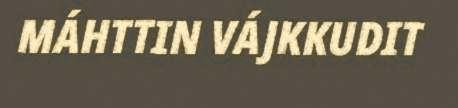
MÁHTTIN VÁJKKUDIT